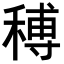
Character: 𥠵